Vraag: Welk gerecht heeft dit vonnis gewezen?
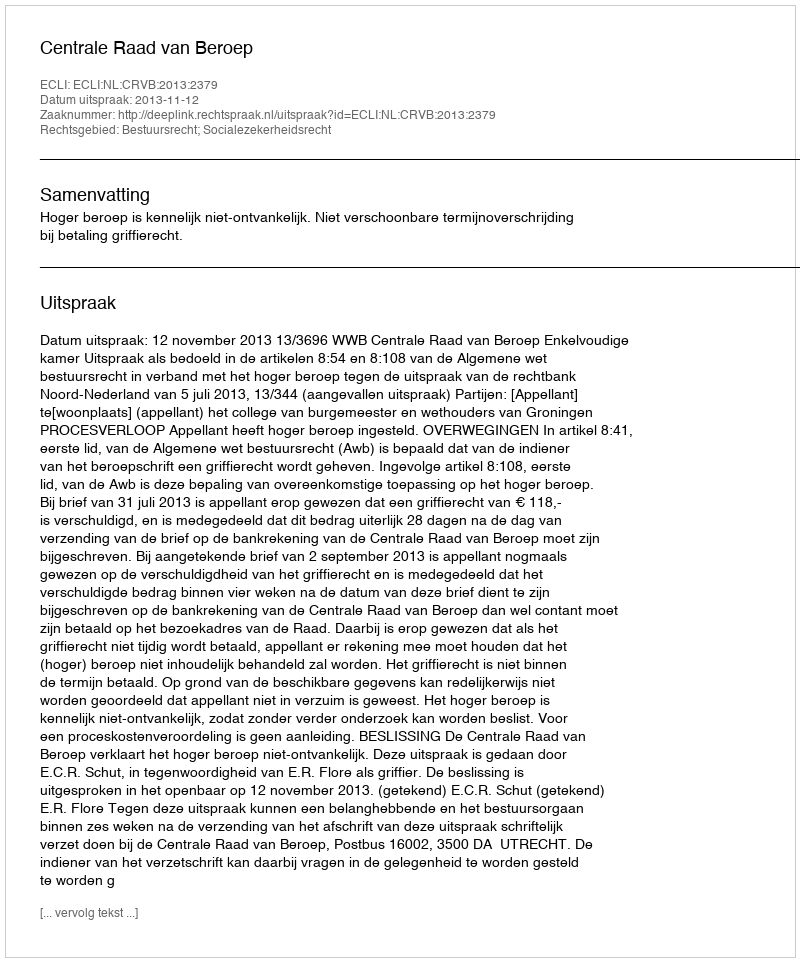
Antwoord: Centrale Raad van Beroep